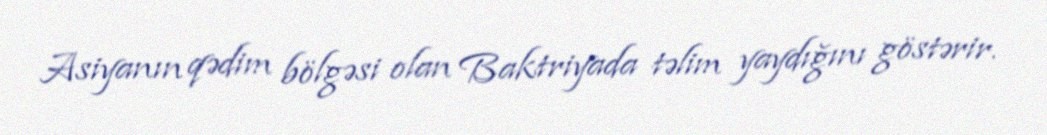
Asiyanın qədim bölgəsi olan Baktriyada təlim yaydığını göstərir.